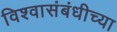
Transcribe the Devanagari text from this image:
विश्वासंबंधीच्या